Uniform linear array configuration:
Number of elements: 12
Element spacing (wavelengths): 0.25
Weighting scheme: uniform
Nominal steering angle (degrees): -60
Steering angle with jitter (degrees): -59.18
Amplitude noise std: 0.05
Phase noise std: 0.05

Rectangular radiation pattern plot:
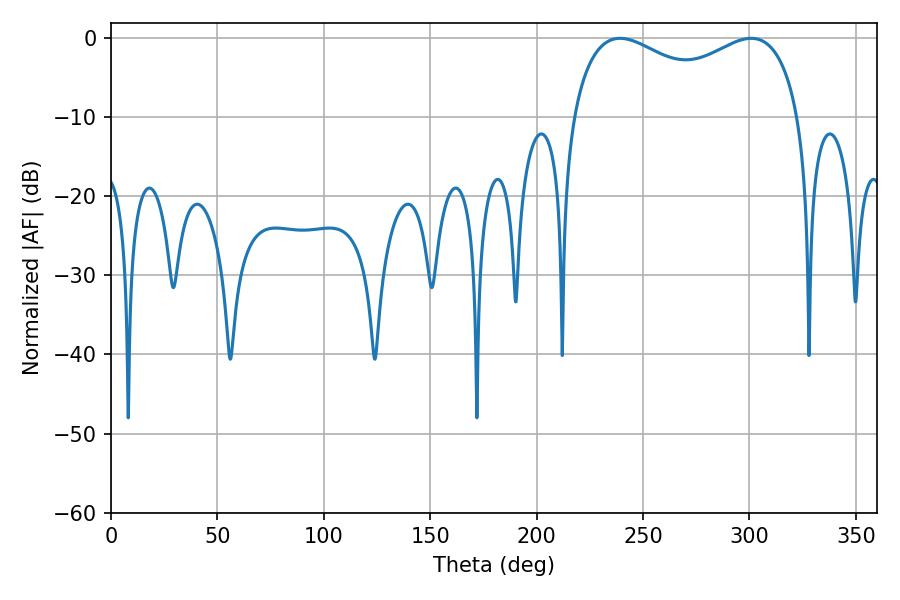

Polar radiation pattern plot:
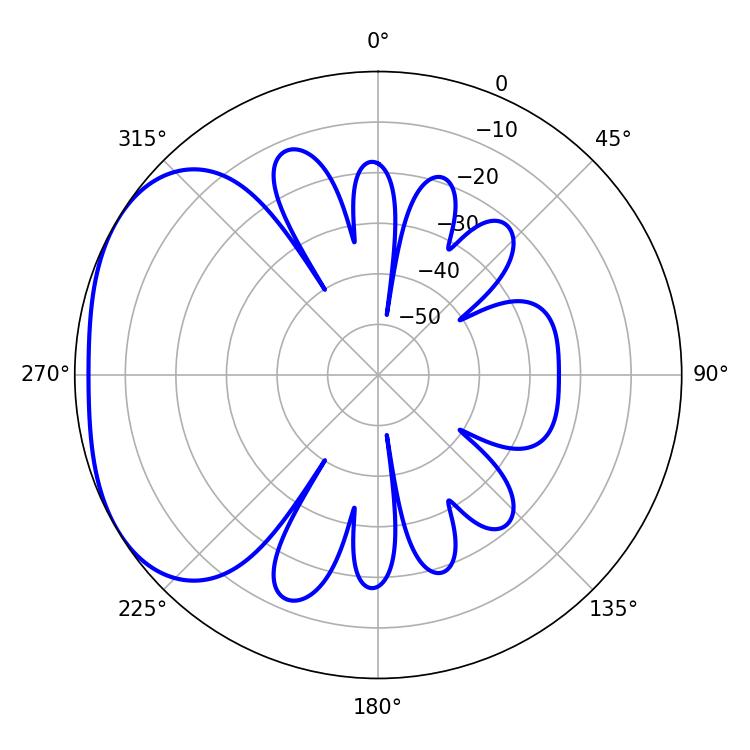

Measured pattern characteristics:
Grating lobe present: FALSE
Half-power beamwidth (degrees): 89.28
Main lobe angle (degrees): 239.22